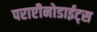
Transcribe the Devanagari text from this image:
पराप्टीनोडाईट्स